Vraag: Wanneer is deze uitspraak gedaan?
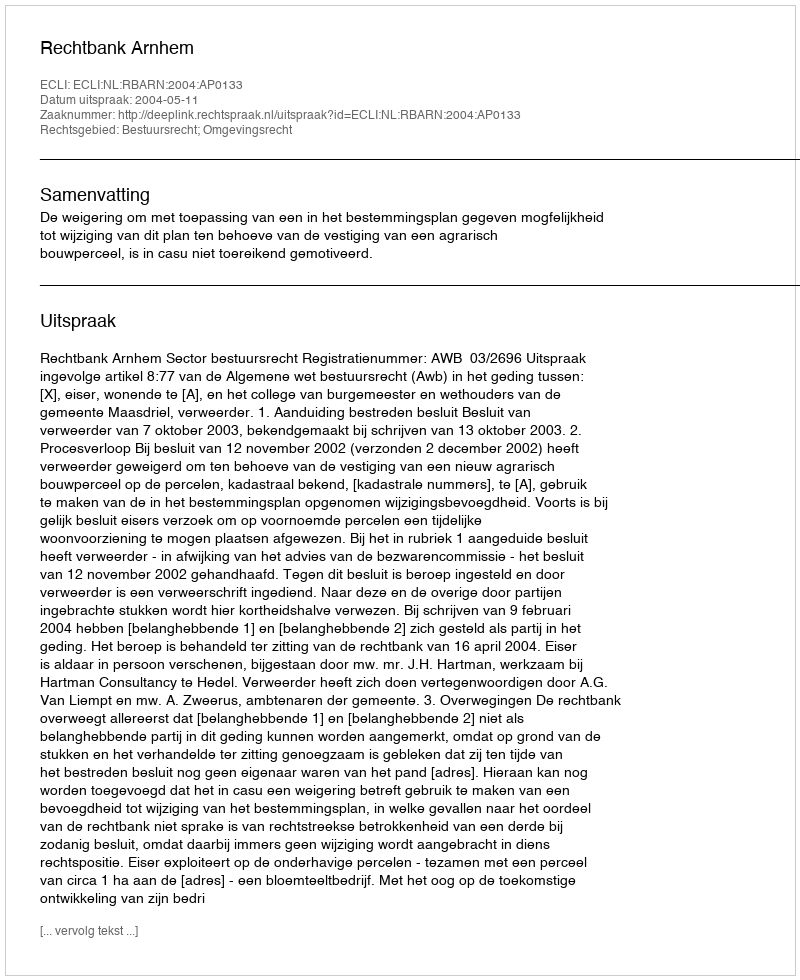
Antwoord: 2004-05-11